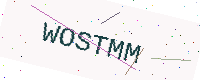
Text: WOSTMM